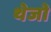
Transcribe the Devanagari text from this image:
थेजो